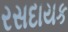
રસદાયક